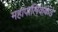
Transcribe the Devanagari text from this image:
महापालिकेकडे